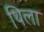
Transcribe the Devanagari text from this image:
थिला